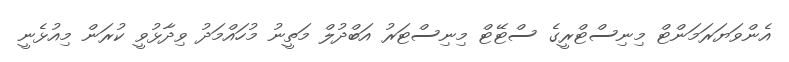
އެންވަޔަރަމަންޓް މިނިސްޓްރީގެ ސްޓޭޓް މިނިސްޓަރު އަބްދުލް މަތީނު މުހައްމަދު ވިދާޅުވީ ކުރަން މިއުޅެނީ